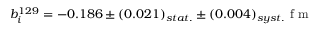
b _ { i } ^ { 1 2 9 } = - 0 . 1 8 6 \pm ( 0 . 0 2 1 ) _ { s t a t . } \pm ( 0 . 0 0 4 ) _ { s y s t . } \space \mathrm { ~ f ~ m ~ }